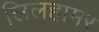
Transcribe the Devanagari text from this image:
लिलहामर